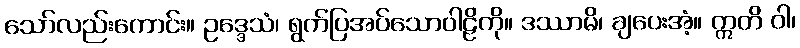
သော်လည်းကောင်း။ ဥဒ္ဒေသံ၊ ရွက်ပြအပ်သောဝါဠိကို။ ဒဿာမိ၊ ချပေးအံ့။ ဣတိ ဝါ၊